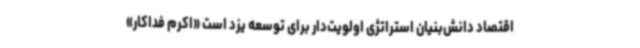
اقتصاد دانش‌بنیان استراتژی اولویت‌دار برای توسعه یزد است «اکرم فداکار»